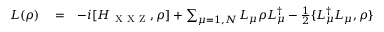
\begin{array} { r l r } { L ( \rho ) } & { { } = } & { - i [ H _ { \mathrm { ~ X ~ X ~ Z ~ } } , \rho ] + \sum _ { \mu = 1 , N } L _ { \mu } \rho L _ { \mu } ^ { \dagger } - \frac { 1 } { 2 } \{ L _ { \mu } ^ { \dagger } L _ { \mu } , \rho \} } \end{array}